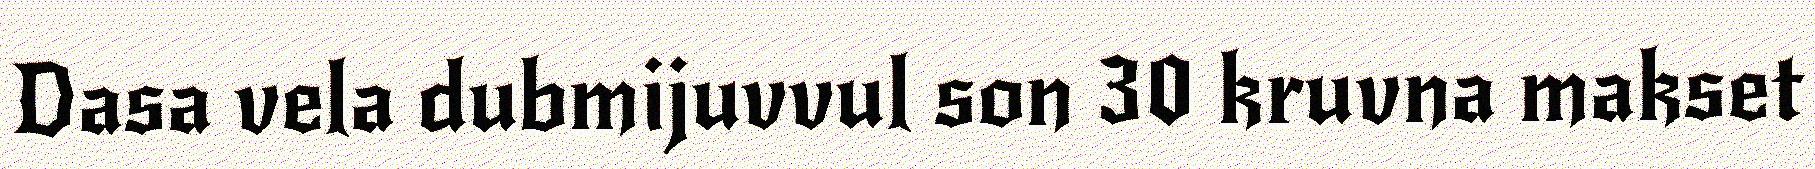
Dasa vela dubmijuvvul son 30 kruvna makset